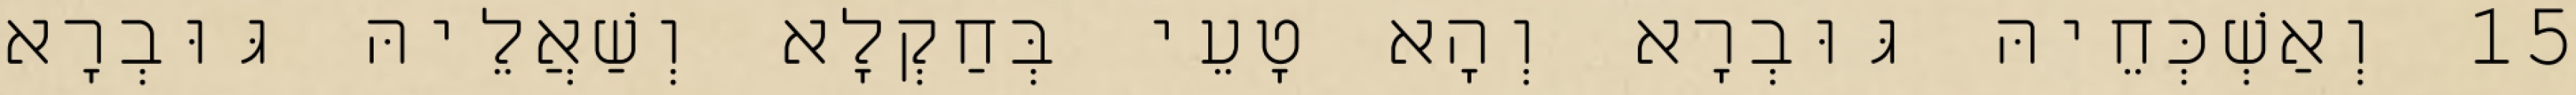
15 וְאַשְׁכְּחֵיהּ גּוּבְרָא וְהָא טָעֵי בְּחַקְלָא וְשַׁאֲלֵיהּ גּוּבְרָא